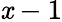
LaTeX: \mathit{x}-1